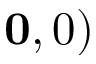
\mathbf 0 , 0 )